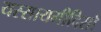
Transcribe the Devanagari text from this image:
यस्सायमीदिसो